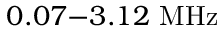
0 . 0 7 { - } 3 . 1 2 ~ \mathrm { M H z }